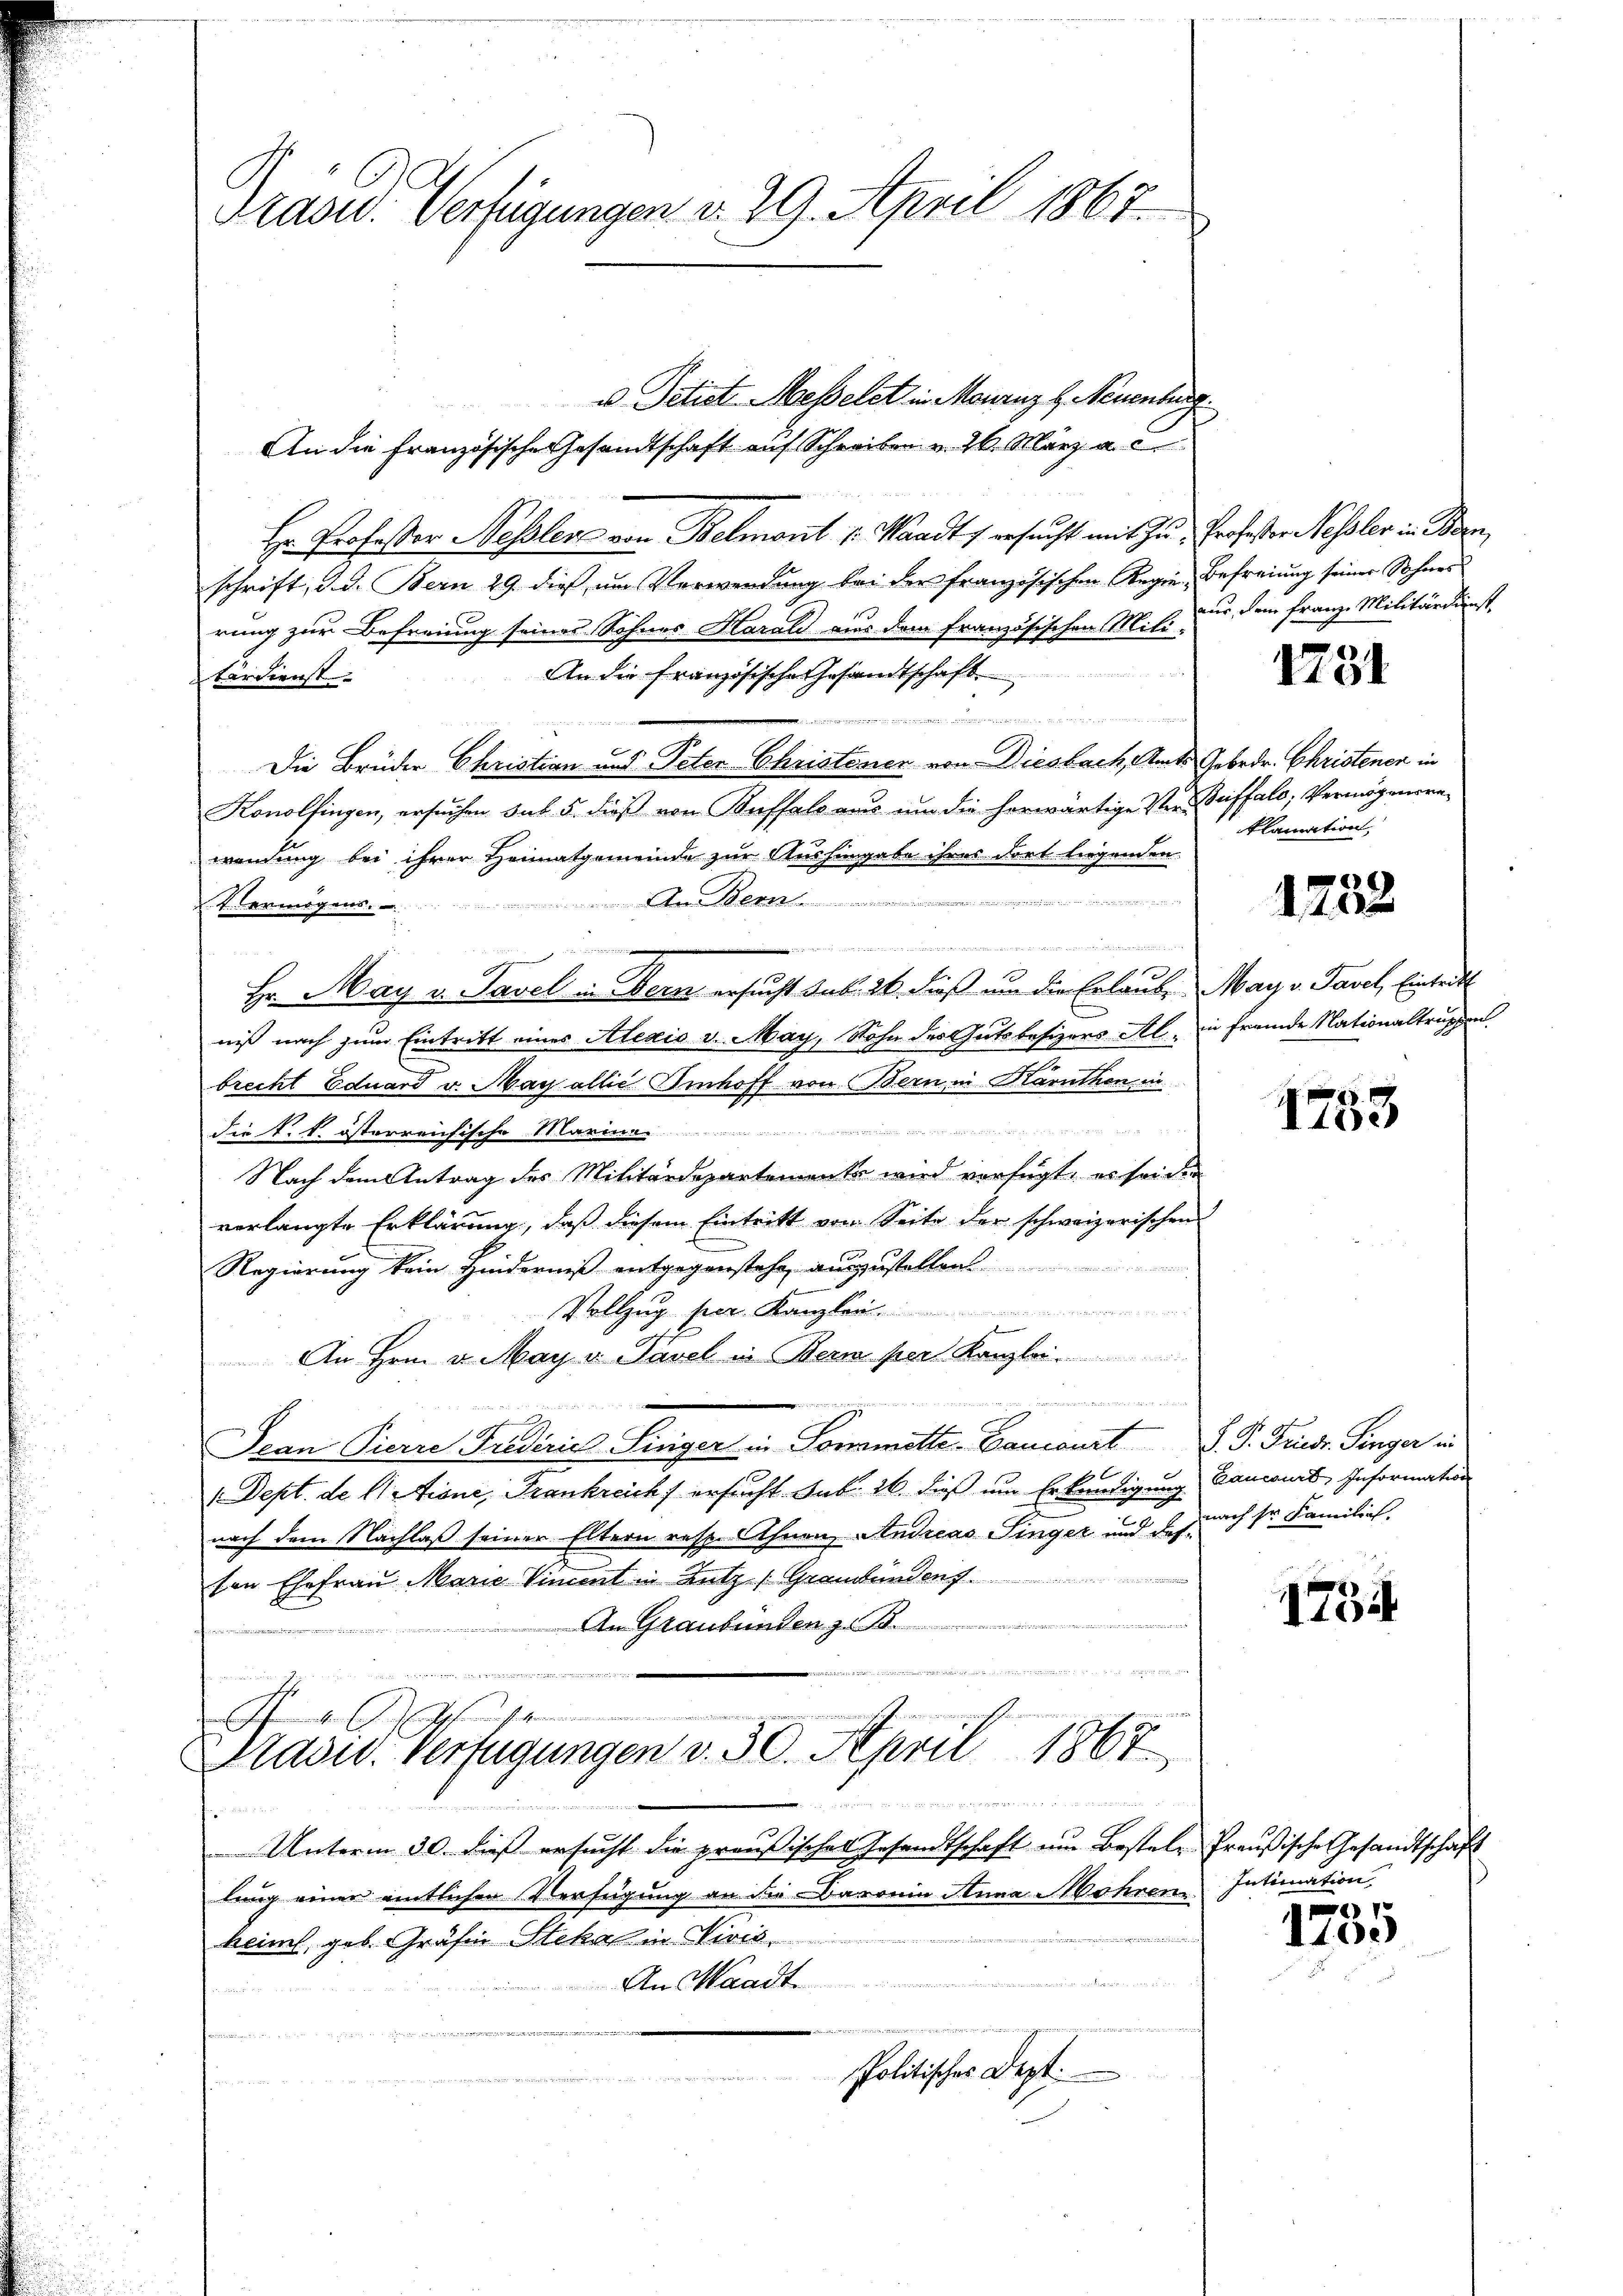
Präsid. Verfügungen v. 29. April 1867

An die Französische Gesandtschaft auf Schreiben u. 26. März a. c.
Hr. Professor Nessler von Belmont /: Waadt) ersucht mit zu Professor Nessler in Bern,
schrift, d. d. Bern 29. dies um Verwendung bei der französischen Regie-Befreiung seiner Sohnes
rung zur Befreiung seines Sohnes Harald aus dem französischen Mili-
 aus d
An die französische Gesandtschaft
terdienst.
er   den und dem
Die Brüder Christian und Peter Christener von Diesbach, Amts Gebrdr. Christener in
Konolfingen, ersuchen sub. 5. dieß vom Buffals aus um die herwärtige Ver- Buffalo; Vermögensre
wendung bei ihrer Heimatgemeinde zur Aushingabe ihres dort liegenden
Vermögens. An Bern . . . . . . . . . . . . . . . . . . . . . . . . . . . . . . . .
t tun hat v. der Mittheils seiter der Rege

6
Hr. May v. Savel in Bern ersucht sub. 26. dieß um die Erlaube May v. Tavel, Eintritt
nis nach zum Eintritt eines Alexis v. May, Sohn des Gutsbesizers Al. in fremde Nationaltruppen
brecht Eduard v. May allié Einhoff von Bern in Karnthen in

die k. k. österreichische Mariere
Nach dem Antrag des Militärdepartemente wird verfügt, es sei die
verlangte Erklärung, daß diesem Eintritt von Seite der schweizerischen
Regierung kein Hinderniß entgegenstehe auszustellen.
Vollzug K
f
An Hrn. v. May v. Pavel in Bern per Kanzlei
wette der
Scan Pierre Frediciis Liniger in Lonsmitte Bancourt d. P. Friedr. Singer in
Dept. de Actione, Frankreich ersucht. sub. 26. dieß um Erkendigung Cancomit, Information
nach dem Nachlaß seiner Eltern resp. Ahnen, Andreas Singer und da auch dr Familie,
von Ehefrau Marie Viment in Lutz (Grandenden
ice der Stadt
An Graubünden z. B.

I. Ges
Pasiv. Verfügungen d. 30. April 1867
d
Unterm 30. dieß ersucht die preußischer Gesandtschaft um Bestel- Preußische Gesandtschaft
lung einer eintlichen Verfügung an die Baronia Anna Mohren
keimel, geb. Gräfin Stekal in Nives
An Waadt.
u
Politisches Dept.
let werden gewe

u. Petist Messelet in Mouruz b. Neuenburg.

nur, dem Franze Militärdunst

1731

klamation,

1752

1753

1734

Intimation

1
1100